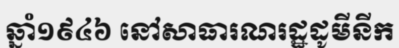
ឆ្នាំ១៩៤៦ នៅសាធារណរដ្ឋដូមីនីក